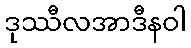
ဒုဿီလအာဒီနဝါ